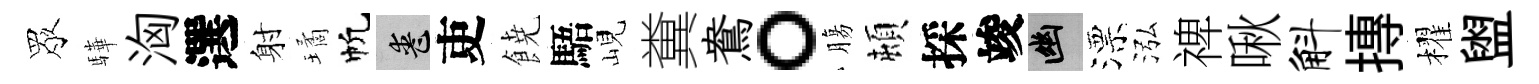
眾驊洶選射璚帆喪吏𩜙䮏峴糞鴦。膓頓採竣幽漂泓禆啾斛摶櫂盥